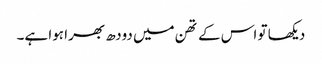
دیکھا تو اس کے تھن میں دودھ بھرا ہوا ہے۔